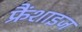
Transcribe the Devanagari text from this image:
फ्रैंशाइज